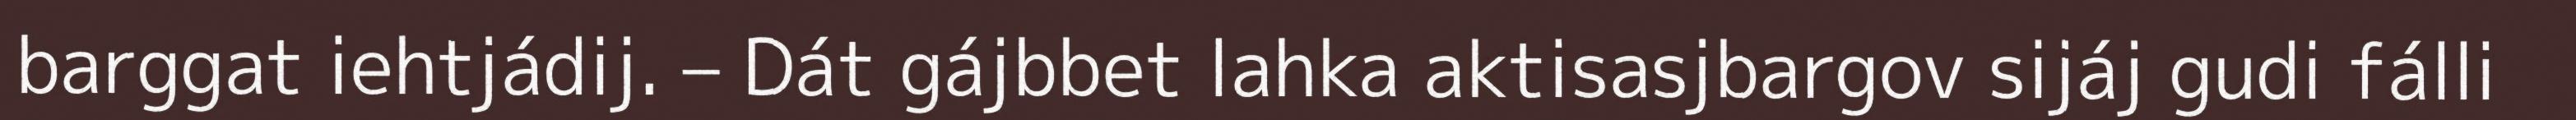
barggat iehtjádij. – Dát gájbbet lahka aktisasjbargov sijáj gudi fálli